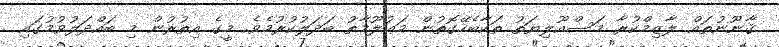
ޤާނޫނުތައް ލާޒިމްކުރާ މަސްއޫލިޔަތު ތަކާބެހޭގޮތުން މަޢުލޫމާތު ބަދަލުކުރުމެވެ. މީގެ އިތުރުން މި ބައްދަލުވުމުގައި